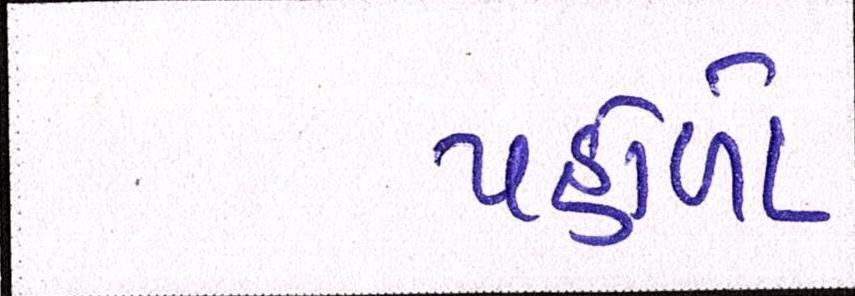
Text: પહોળો